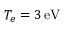
T _ { e } = 3 \, \mathrm { e V }